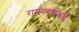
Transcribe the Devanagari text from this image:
रामनगराकडे